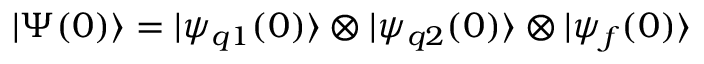
| \Psi ( 0 ) \rangle = | \psi _ { q 1 } ( 0 ) \rangle \otimes | \psi _ { q 2 } ( 0 ) \rangle \otimes | \psi _ { f } ( 0 ) \rangle